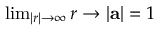
\begin{array} { r } { \operatorname* { l i m } _ { | r | \to \infty } r \rightarrow | \mathbf { a } | = 1 } \end{array}